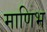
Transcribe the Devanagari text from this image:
माणिभ